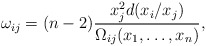
\begin{align*} \omega_{ij}= (n-2)\frac{x_j^2 d(x_i/x_j)}{\Omega_{ij}(x_1,\ldots,x_{n})}, \end{align*}